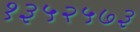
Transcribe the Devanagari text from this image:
१३५२५७३